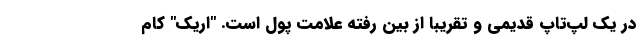
در یک لپ‌تاپ قدیمی و تقریبا از بین رفته علامت پول است. "اریک" کام